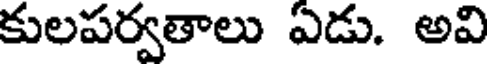
కులపర్వతాలు ఏడు. అవి